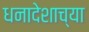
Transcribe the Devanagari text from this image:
धनादेशाच्या